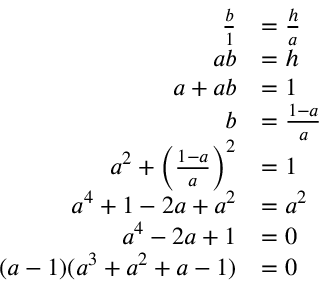
\begin{array} { r l } { \frac b 1 } & { = \frac h a } \\ { a b } & { = h } \\ { a + a b } & { = 1 } \\ { b } & { = \frac { 1 - a } { a } } \\ { a ^ { 2 } + \left( \frac { 1 - a } { a } \right) ^ { 2 } } & { = 1 } \\ { a ^ { 4 } + 1 - 2 a + a ^ { 2 } } & { = a ^ { 2 } } \\ { a ^ { 4 } - 2 a + 1 } & { = 0 } \\ { ( a - 1 ) ( a ^ { 3 } + a ^ { 2 } + a - 1 ) } & { = 0 } \end{array}